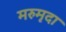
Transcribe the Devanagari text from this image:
मरुमृदा